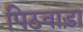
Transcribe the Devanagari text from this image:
पिठवाड़ा